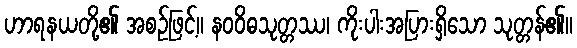
ဟာရနယတို့၏ အစဉ်ဖြင့်။ နဝဝိဓသုတ္တဿ၊ ကိုးပါးအပြားရှိသော သုတ္တန်၏။